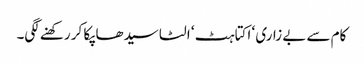
کام سے بے زاری ‘ اکتاہٹ ‘ الٹا سیدھا پکا کر رکھنے لگی۔